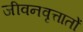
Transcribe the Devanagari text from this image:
जीवनवृत्तातों